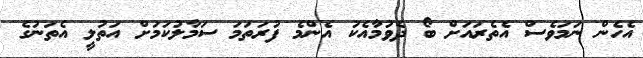
އެހެން ނަމަވެސް އެތެރައަށް ބޯ ދެވުމާއެކު އެންމެ ފުރަތަމަ ސަމާލުކަމަށް އަތުލީ އެތަނުގެ